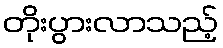
တိုးပွားလာသည့်